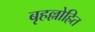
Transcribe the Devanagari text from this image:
बृहल्लोहित